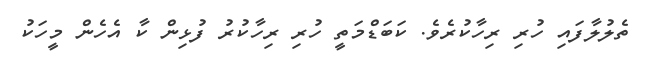
ތެލުލާފައި ހުރި ރިހާކުރެވެ. ކަބަޑްމަތީ ހުރި ރިހާކުރު ފުޅިން ކާ އެހެން މީހަކު